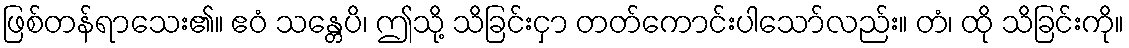
ဖြစ်တန်ရာသေး၏။ ဧဝံ သန္တေပိ၊ ဤသို့ သိခြင်းငှာ တတ်ကောင်းပါသော်လည်း။ တံ၊ ထို သိခြင်းကို။